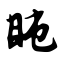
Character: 盹